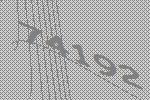
74192